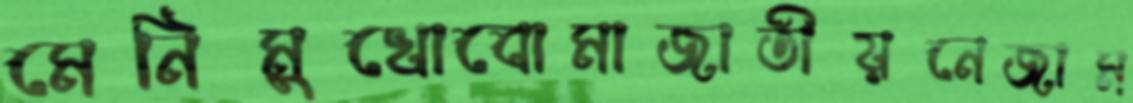
মেনিমুখোবোমাজাতীয়নেজাম